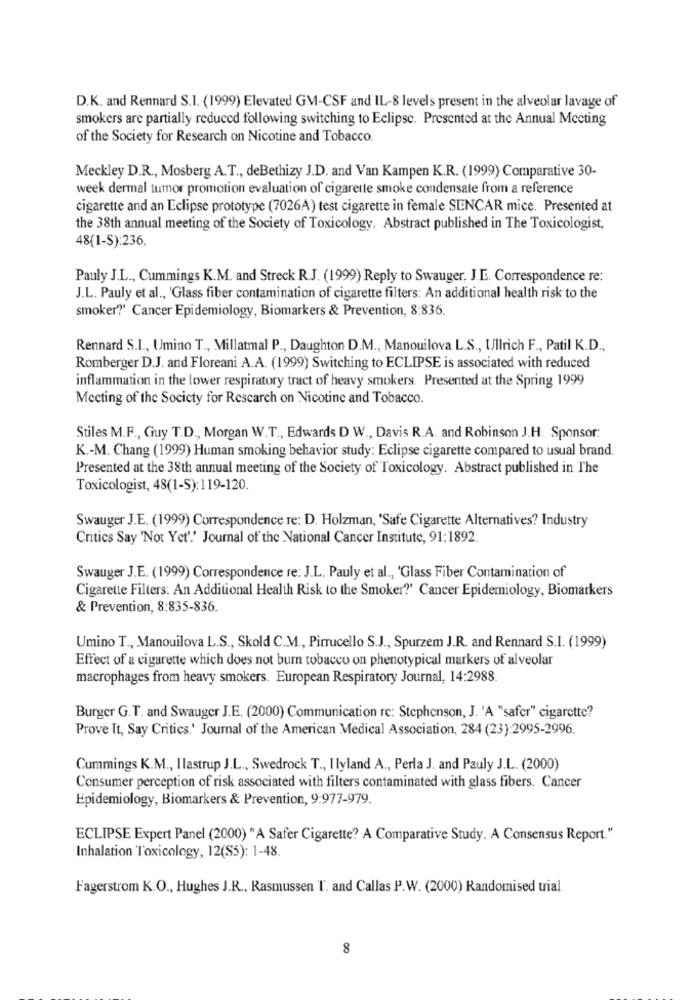
D.K. and Rennard S.I. (1999) Elevated GM-CSF and IL-8 levels present in the alveolar lavage of
smokers are partially reduced following switching to Eclipse. Presented at the Annual Meeting
of the Society for Research on Nicotine and Tobacco.
Meckley D.R ., Mosberg A.T ., deBethizy J.D. and Van Kampen K.R. (1999) Comparative 30-
week dermal tumor promotion evaluation of cigarette smoke condensate from a reference
cigarette and an Eclipse prototype (7026A) test cigarette in female SEENCAR mice. Presented at
the 38th annual meeting of the Society of Toxicology. Abstract published in The Toxicologist,
48(1-S):236.
Pauly J.L ., Cummings K.M. and Streck R.J. (1999) Reply to Swauger, J.L. Correspondence re:
J.L. Pauly et al ., 'Glass fiber contamination of cigarette filters: An additional health risk to the
smoker?' Cancer Epidemiology, Biomarkers & Prevention, 8:836.
Rennard S.I ., Umino T ., Millatmal P ., Daughton D.M ., Manouilova L.S ., Ullrich F ., Patil K.D .,
Romberger D.J. and Floreani A.A. (1999) Switching to ECLIPSE is associated with reduced
inflammation in the lower respiratory tract of heavy smokers. Presented at the Spring 1999
Meeting of the Society for Research on Nicotine and Tobacco.
Stiles M.F ., Guy T.D ., Morgan W.T ., Edwards D.W ., Davis R.A. and Robinson J.H. Sponsor:
K .- M. Chang (1999) Human smoking behavior study: Eclipse cigarette compared to usual brand.
Presented at the 38th annual meeting of the Society of Toxicology. Abstract published in The
Toxicologist, 48(1-S):119-120.
Swauger J.E. (1999) Correspondence re: D. Holzman, 'Safe Cigarette Alternatives? Industry
Critics Say 'Not Yet'.' Journal of the National Cancer Institute, 91:1892.
Swauger J.E. (1999) Correspondence re: J.L. Pauly et al ., 'Glass Fiber Contamination of
Cigarette Filters: An Additional Health Risk to the Smoker?' Cancer Epidemiology, Biomarkers
& Prevention, 8:835-836.
Umino T ., Manouilova L.S ., Skold C.M ., Pirrucello S.J ., Spurzem J.R. and Rennard S.I. (1999)
Effect of a cigarette which does not burn tobacco on phenotypical markers of alveolar
macrophages from heavy smokers. European Respiratory Journal, 14:2988.
Burger G.T. and Swauger J.E. (2000) Communication re: Stephenson, J. 'A "safer" cigarette?
Prove It, Say Critics.' Journal of the American Medical Association, 284 (23):2995-2996.
Cummings K.M ., Ilastrup J.L ., Swedrock T ., Ilyland A ., Perla J. and Pauly J.L. (2000)
Consumer perception of risk associated with filters contaminated with glass fibers. Cancer
Epidemiology, Biomarkers & Prevention, 9:977-979.
ECLIPSE Expert Panel (2000) "A Safer Cigarette? A Comparative Study. A Consensus Report."
Inhalation Toxicology, 12(S5): 1-48.
Fagerstrom K.O ., Hughes J.R ., Rasmussen T. and Callas P.W. (2000) Randomised trial
8